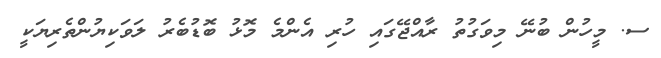
ސ. މީހުން ބުނޭ މިވަގުތު ރާއްޖޭގައި ހުރި އެންމެ މޮޅު ބޮޑުބެރު ލަވަކިޔުންތެރިޔަކީ